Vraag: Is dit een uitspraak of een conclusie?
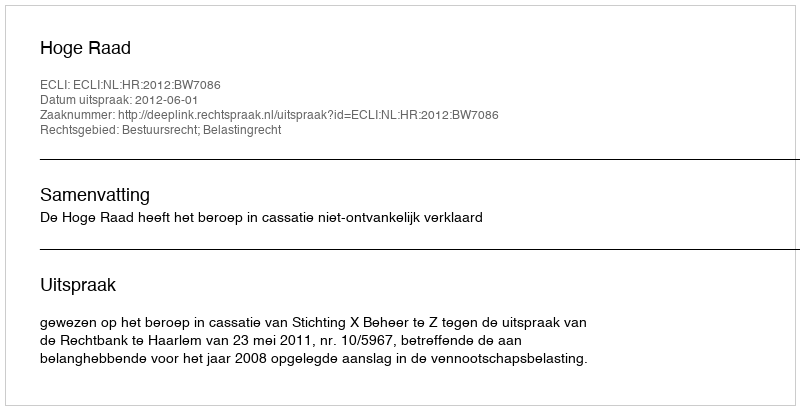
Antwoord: Uitspraak